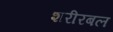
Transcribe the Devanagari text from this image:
शरीरबल